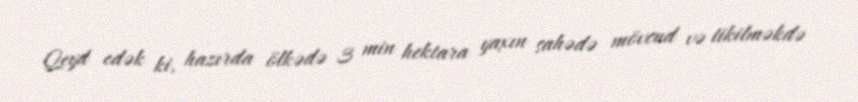
Qeyd edək ki, hazırda ölkədə 3 min hektara yaxın sahədə mövcud və tikilməkdə